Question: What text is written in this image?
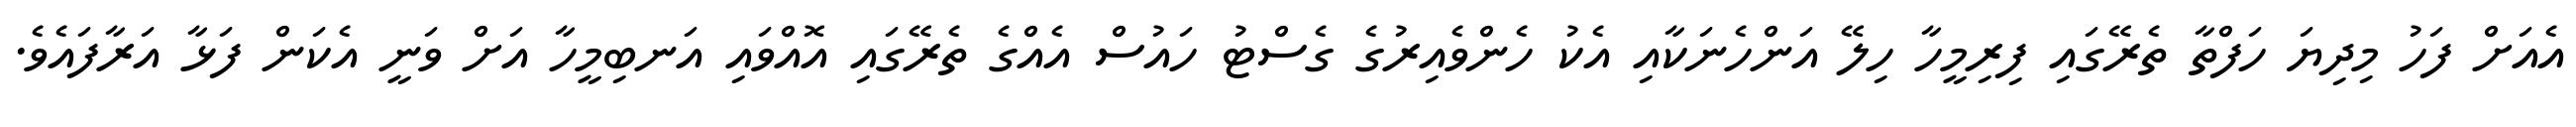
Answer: އެއަށް ފަހު މިދިޔަ ހަފްތާ ތެރޭގައި ފިރިމީހާ ހިލޭ އަންހެނަކާއި އެކު ހެންވެއިރުގެ ގެސްޓު ހައުސް އެއްގެ ތެރޭގައި އޮއްވައި އަނބިމީހާ އަށް ވަނީ އެކަން ފަޅާ އަރާފައެވެ.